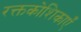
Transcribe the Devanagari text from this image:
रक्तकोशिकाएँ